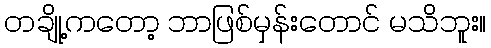
တချို့ကတော့ ဘာဖြစ်မှန်းတောင် မသိဘူး။